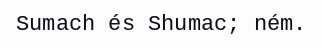
Sumach és Shumac; ném.